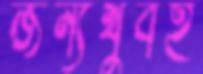
জন্যখুবই